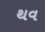
થવ